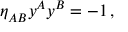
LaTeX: \eta _ { A B } ^ { } y ^ { A } y ^ { B } = - 1 \, ,